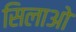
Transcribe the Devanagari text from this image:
सिलाओ